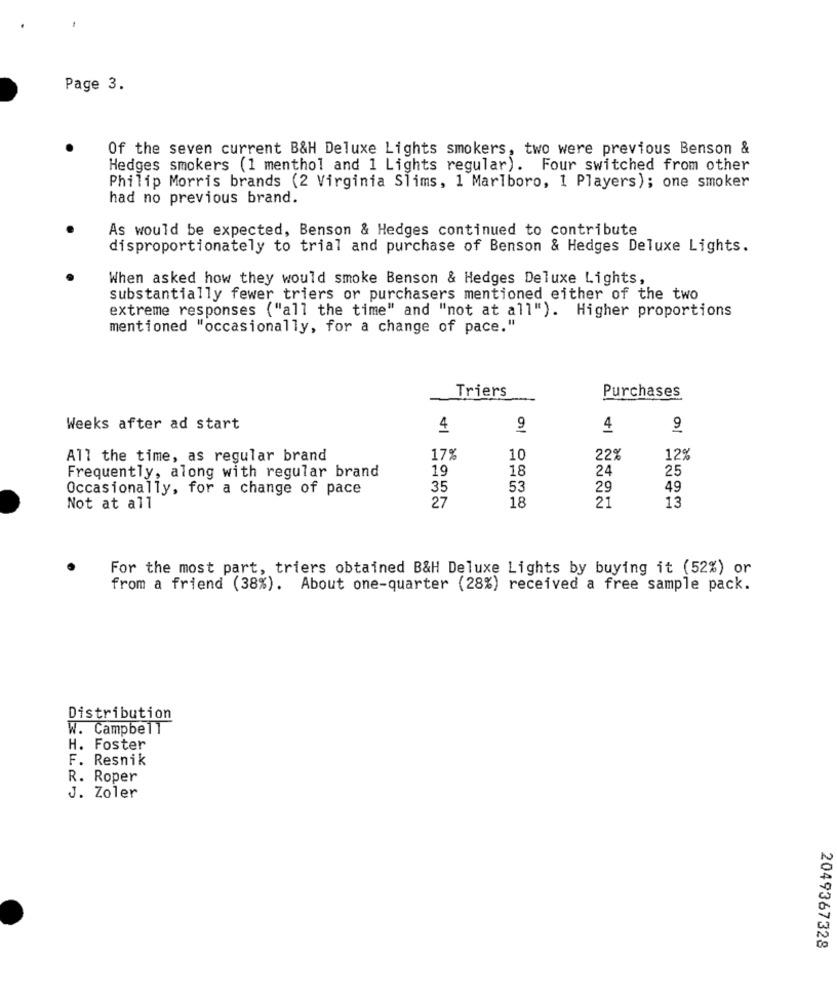
Page 3.
Of the seven current B&H Deluxe Lights smokers, two were previous Benson &
Hedges smokers (1 menthol and 1 Lights regular). Four switched from other
Philip Morris brands (2 Virginia Slims, 1 Marlboro, 1 Players); one smoker
had no previous brand.
As would be expected, Benson & Hedges continued to contribute
disproportionately to trial and purchase of Benson & Hedges Deluxe Lights.
When asked how they would smoke Benson & Hedges Deluxe Lights,
substantially fewer triers or purchasers mentioned either of the two
extreme responses ("all the time" and "not at all"). Higher proportions
mentioned "occasionally, for a change of pace."
Purchases
Triers
Weeks after ad start
4
9
4
9
All the time, as regular brand
17%
10
22%
12%
19
18
24
25
Frequently, along with regular brand
Occasionally, for a change of pace
35
53
29
49
18
21
13
Not at all
27
For the most part, triers obtained B&H Deluxe Lights by buying it (52%) or
from a friend (38%). About one-quarter (28%) received a free sample pack.
Distribution
W. Campbell
H. Foster
F. Resnik
R. Roper
J. Zoler
2049367328